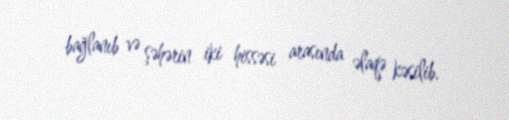
bağlanıb və şəhərin iki hissəsi arasında əlaqə kəsilib.